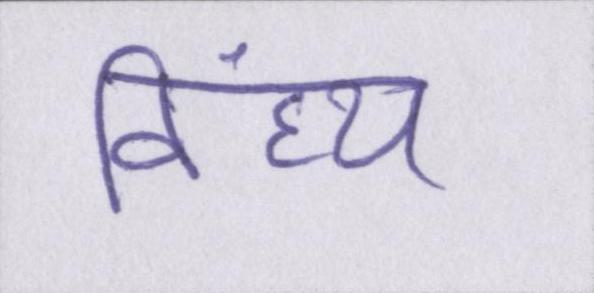
विंध्य